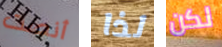
أنصت لذا لكن